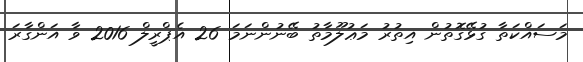
މަސައްކަތާ ގުޅޭގޮތުން އިތުރު މަޢުލޫމާތު ބޭނުންނަމަ 26 އެޕްރީލް 2016 ވާ އަންގާރަ